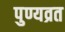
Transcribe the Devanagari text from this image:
पुण्यव्रत